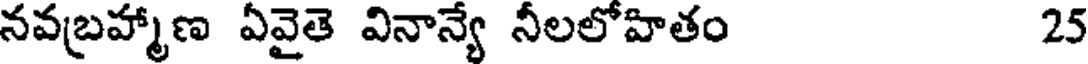
నవబ్రహ్మాణ ఏవైతె వినాన్యే నీలలోహితం 25